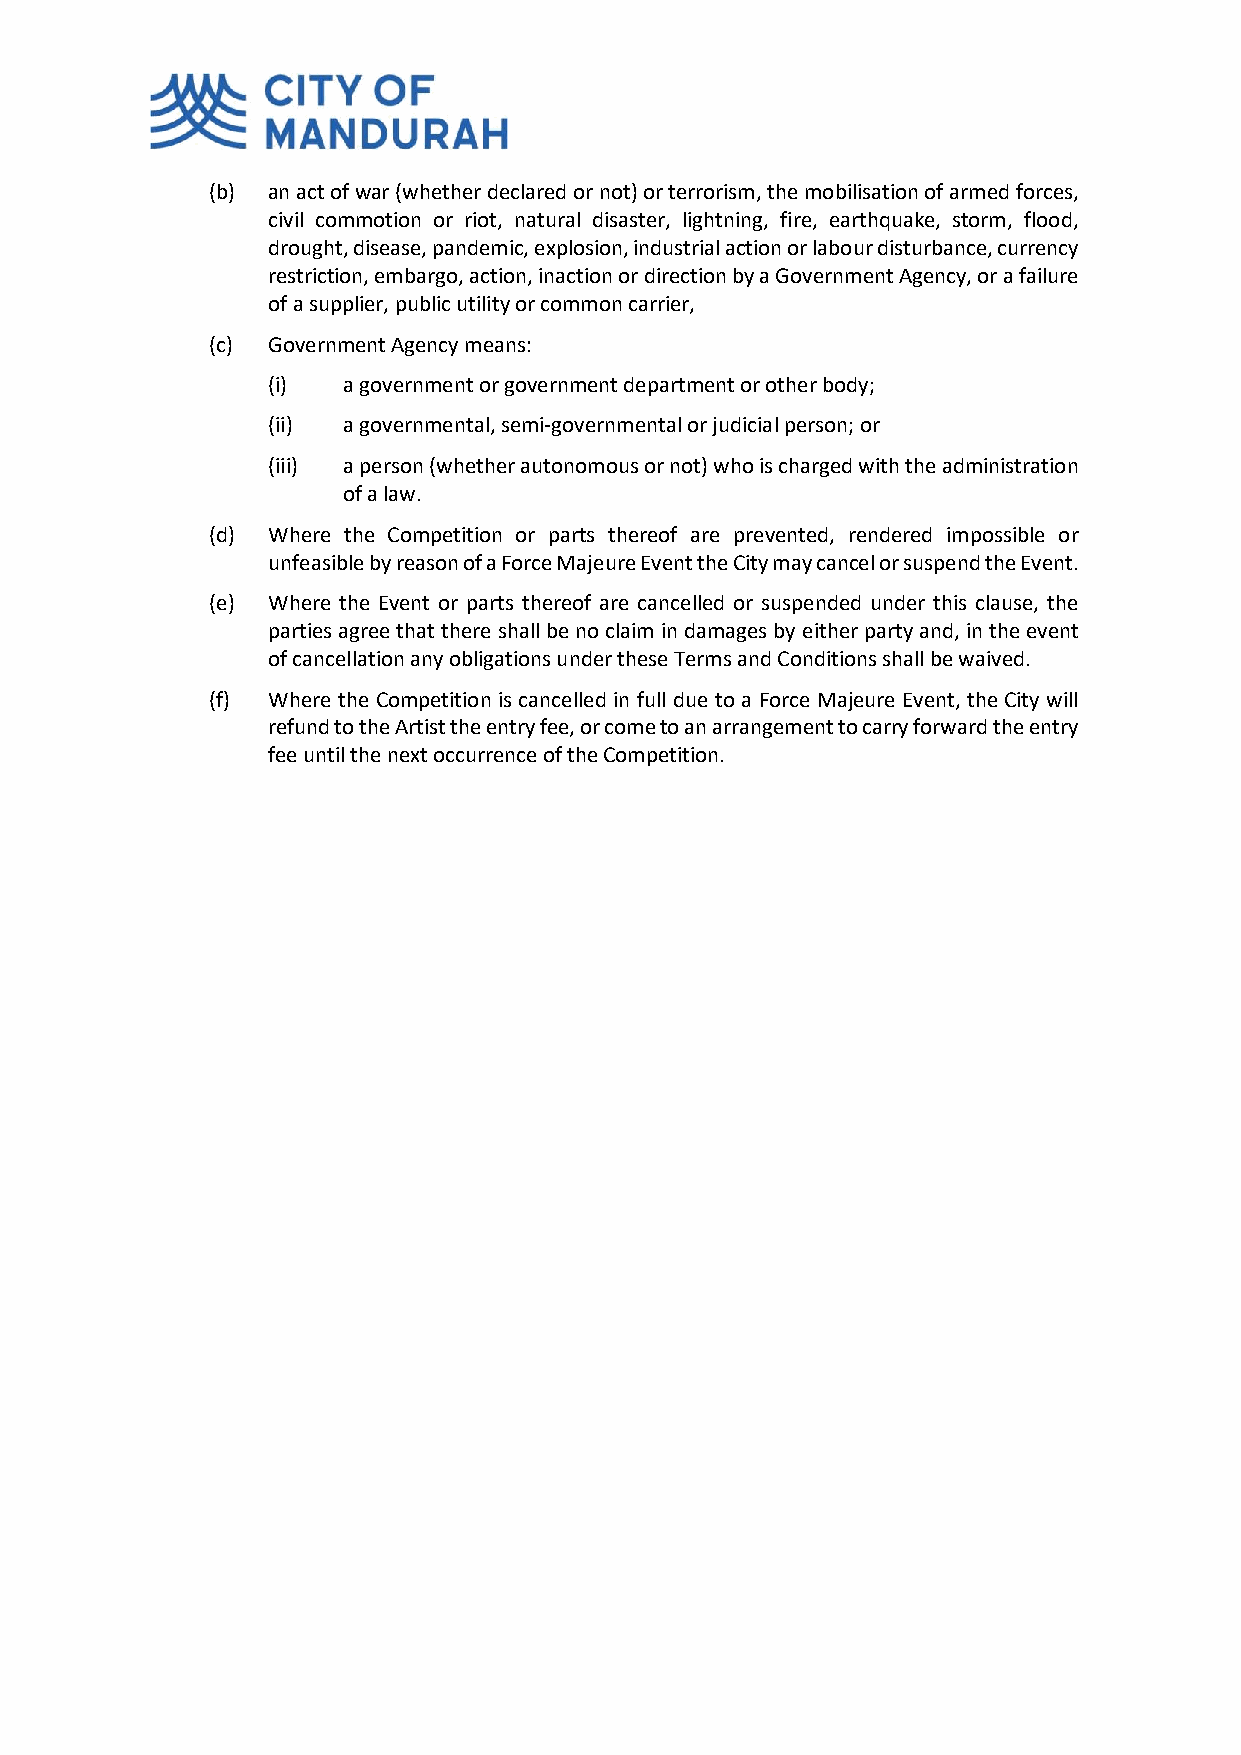
(b) an act of war (whether declared or not) or terrorism, the mobilisation of armed forces,
 civil commotion or riot, natural disaster, lightning, fire, earthquake, storm, flood,
 drought, disease, pandemic, explosion, industrial action or labour disturbance, currency
 restriction, embargo, action, inaction or direction by a Government Agency, or a failure
 of a supplier, public utility or common carrier,
 (c) Government Agency means:
 (i)  a government or government department or other body;
 (ii) a governmental, semi-governmental or judicial person; or
 (iii) a person (whether autonomous or not) who is charged with the administration
 of a law.
 (d) Where the Competition or parts thereof are prevented, rendered impossible or
 unfeasible by reason of a Force Majeure Event the City may cancel or suspend the Event.
 (e) Where the Event or parts thereof are cancelled or suspended under this clause, the
 parties agree that there shall be no claim in damages by either party and, in the event
 of cancellation any obligations under these Terms and Conditions shall be waived.
 (f) Where the Competition is cancelled in full due to a Force Majeure Event, the City will
 refund to the Artist the entry fee, or come to an arrangement to carry forward the entry
 fee until the next occurrence of the Competition.